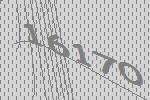
16170